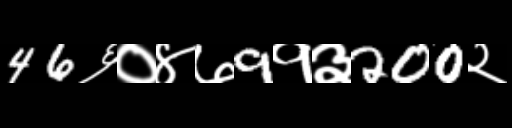
Text: 46६०४७9१३200२